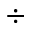
\div